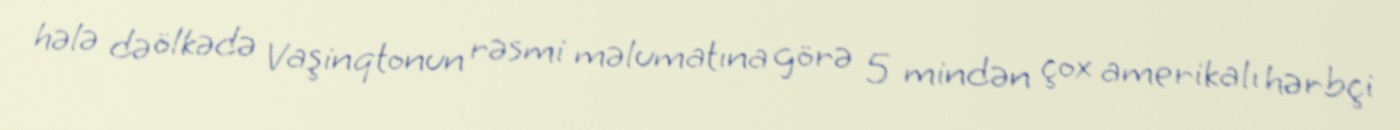
hələ də ölkədə Vaşinqtonun rəsmi məlumatına görə 5 mindən çox amerikalı hərbçi